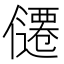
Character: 𪝴